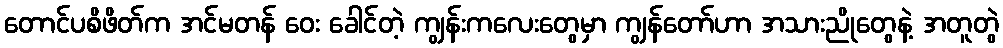
တောင်ပစိဖိတ်က အင်မတန် ဝေး ခေါင်တဲ့ ကျွန်းကလေးတွေမှာ ကျွန်တော်ဟာ အသားညိုတွေနဲ့ အတူတွဲ